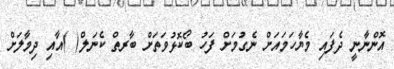
އޮންނާނީ ދެފައި މެޔާހަމައަށް ނެގުމަށް ފަހު ބޯކޮޅުވަތަށް ބާރތް ކެނަލް( )އާއި ދިމާލަށް